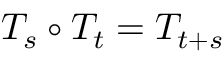
T _ { s } \circ T _ { t } = T _ { t + s }